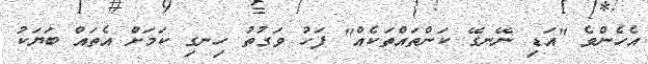
އެހެންވެ "އަޑި ނޭނގޭ ކަންތައްތަކެއް" ފަހު ވަގުތު ހިނގި ކަމަށް އެތައް ބަޔަކު